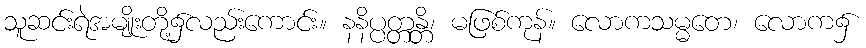
သူဆင်းရဲအမျိုးတို့၌လည်းကောင်း။ နနိပ္ပတ္တန္တိ၊ မဖြစ်ကုန်။ လောကသမ္မတေ၊ လောက၌